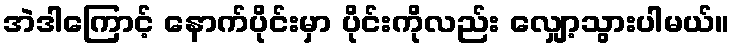
အဲဒါကြောင့် နောက်ပိုင်းမှာ ပိုင်းကိုလည်း လျှော့သွားပါမယ်။